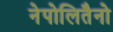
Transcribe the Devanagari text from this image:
नेपोलितैनो